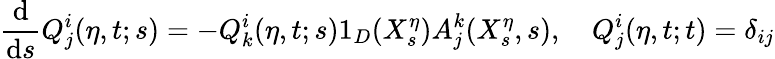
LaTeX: \frac{\textrm{d}}{\textrm{d}s}Q_{j}^{i}(\eta,t;s)=-Q_{k}^{i}(\eta,t;s)1_{D}(X_{s}^{\eta})A_{j}^{k}(X_{s}^{\eta},s),\quad Q_{j}^{i}(\eta,t;t)=\delta_{ij}